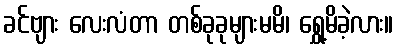
ခင်ဗျား လေးလံတာ တစ်ခုခုများမမိ၊ ရွှေ့မိခဲ့လား။